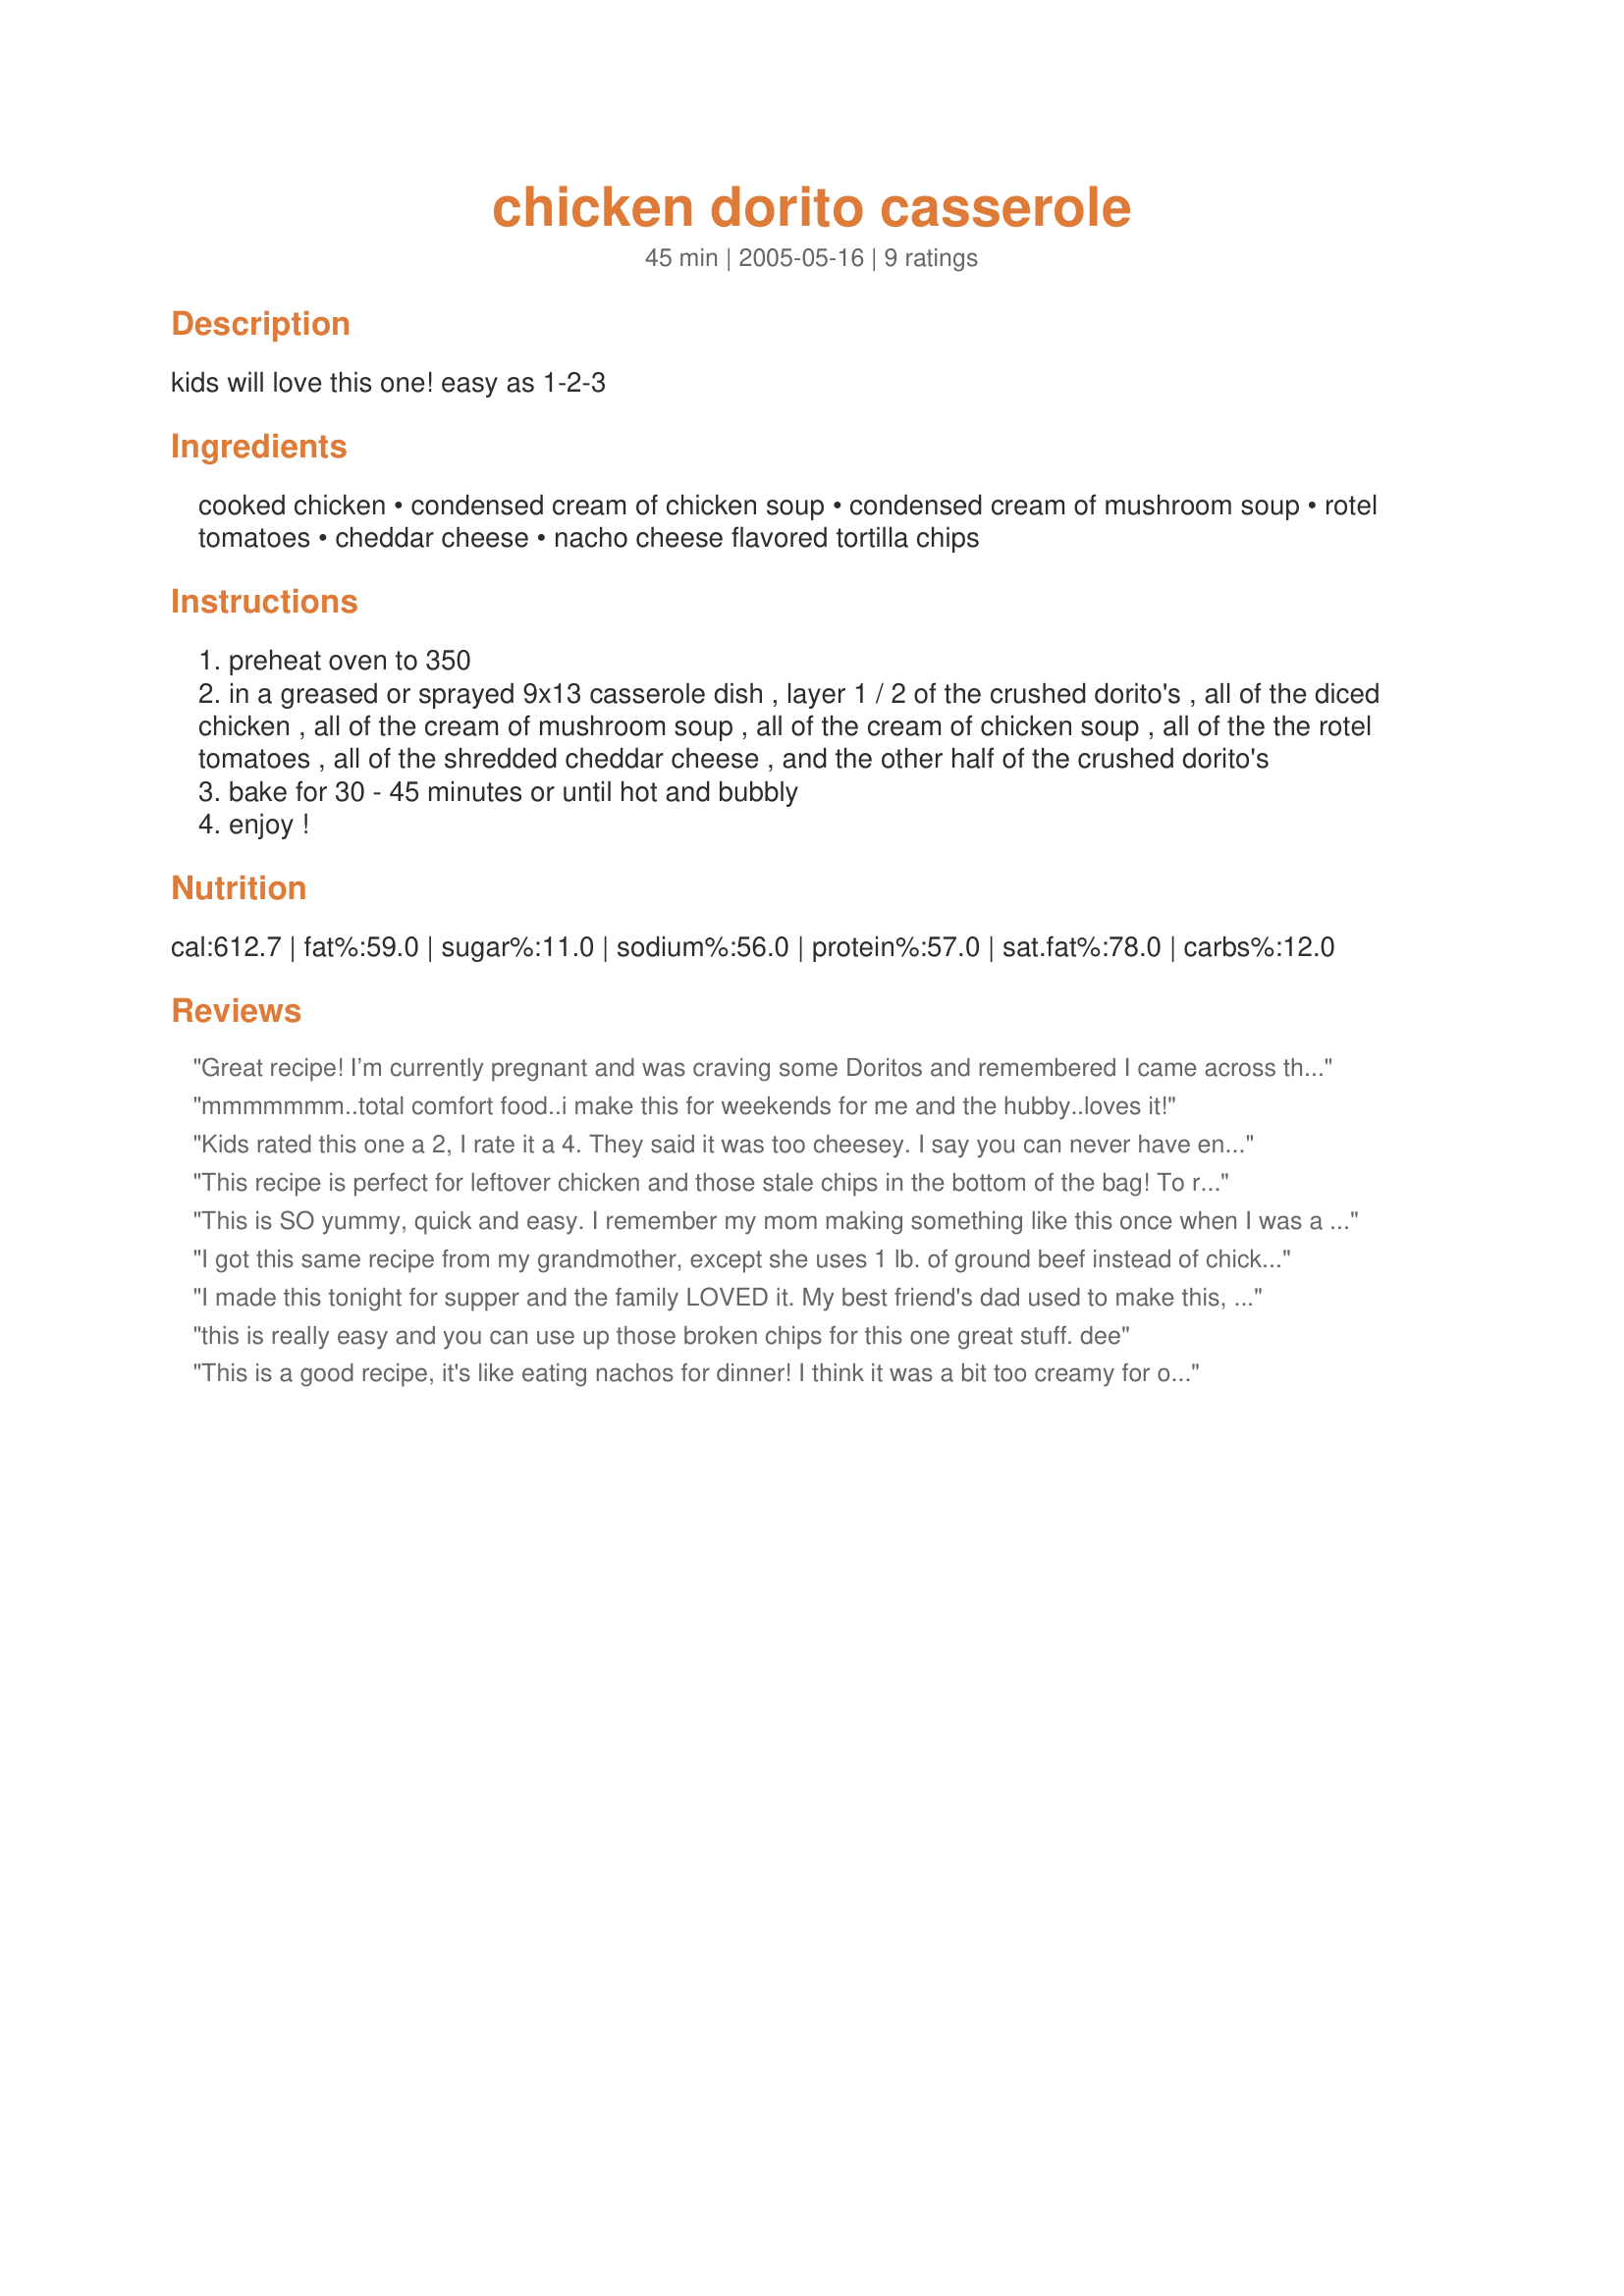
chicken dorito casserole
Preparation time: 45 minutes

kids will love this one!
easy as 1-2-3

Ingredients:
cooked chicken, condensed cream of chicken soup, condensed cream of mushroom soup, rotel tomatoes, cheddar cheese, nacho cheese flavored tortilla chips

Steps:
preheat oven to 350
in a greased or sprayed 9x13 casserole dish , layer 1 / 2 of the crushed dorito's , all of the diced chicken , all of the cream of mushroom soup , all of the cream of chicken soup , all of the the rotel tomatoes , all of the shredded cheddar cheese , and the other half of the crushed dorito's
bake for 30 - 45 minutes or until hot and bubbly
enjoy !

Reviews:
Great recipe! I’m currently pregnant and was craving some Doritos and remembered I came across this recipe recently. My fianc&eacute; loves and baby girl definitely approves! Cheesy, but who doesn’t love cheese? Thanks for sharing this recipe! Will be making again for sure :)
mmmmmmm..total comfort food..i make this for weekends for me and the hubby..loves it!
Kids rated this one a 2, I rate it a 4. They said it was too cheesey. I say you can never have enough cheese! Thanks for sharing.
This recipe is perfect for leftover chicken and those stale chips in the bottom of the bag! To reduce the fat, I usually use reduced-fat soups and Baked Doritos. Still very tasty! Thanks for posting!
This is SO yummy, quick and easy. I remember my mom making something like this once when I was a kid. For the past 15 years I have thought every now and then about how much I loved it. Now today while driving home, my pregnant self reallllllly wanted some Doritos but I also needed to figure out what to have for dinner and this was the PERFECT way to satisfy the craving and also create a fast after work dinner :)
I got this same recipe from my grandmother, except she uses 1 lb. of ground beef instead of chicken. My kids love it.
I made this tonight for supper and the family LOVED it. My best friend's dad used to make this, and we called it "Chicken La Cucaracha". I took Vidya's suggestion and used ground beef. It was really good. Next time I might add Taco Seasoning to the meat, and maybe add a layer of corn to make it more Tex-mex. Thanks for a great recipe and a great memory from the past!
this is really easy and you can use up those broken chips for this one great stuff. dee
This is a good recipe, it's like eating nachos for dinner! I think it was a bit too creamy for our tastes, maybe next time I will leave out one of the cans of soup. I used LF ingredients, and I would do it again. Thank you!
